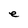
Character: e